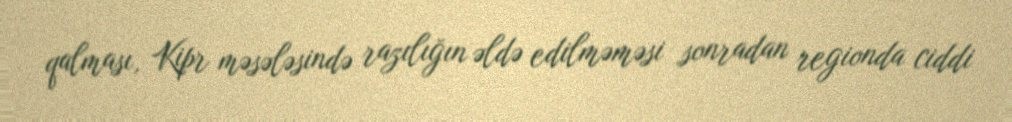
qalması, Kipr məsələsində razılığın əldə edilməməsi sonradan regionda ciddi